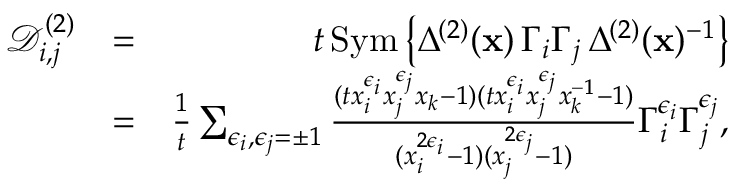
\begin{array} { r l r } { \mathcal D _ { i , j } ^ { ( 2 ) } } & { = } & { t \, \mathrm { S y m } \left\{ \Delta ^ { ( 2 ) } ( \mathbf x ) \, \Gamma _ { i } \Gamma _ { j } \, \Delta ^ { ( 2 ) } ( \mathbf x ) ^ { - 1 } \right\} } \\ & { = } & { \frac { 1 } { t } \sum _ { \epsilon _ { i } , \epsilon _ { j } = \pm 1 } \frac { ( t x _ { i } ^ { \epsilon _ { i } } x _ { j } ^ { \epsilon _ { j } } x _ { k } - 1 ) ( t x _ { i } ^ { \epsilon _ { i } } x _ { j } ^ { \epsilon _ { j } } x _ { k } ^ { - 1 } - 1 ) } { ( x _ { i } ^ { 2 \epsilon _ { i } } - 1 ) ( x _ { j } ^ { 2 \epsilon _ { j } } - 1 ) } \Gamma _ { i } ^ { \epsilon _ { i } } \Gamma _ { j } ^ { \epsilon _ { j } } , } \end{array}